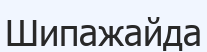
Шипажайда